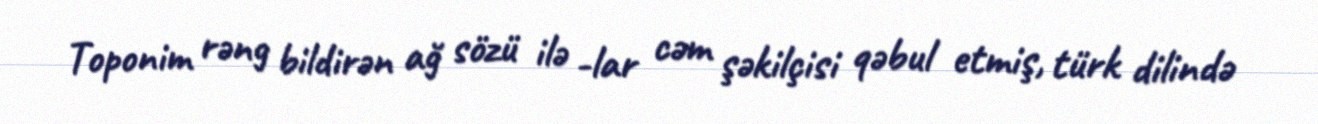
Toponim rəng bildirən ağ sözü ilə -lar cəm şəkilçisi qəbul etmiş, türk dilində